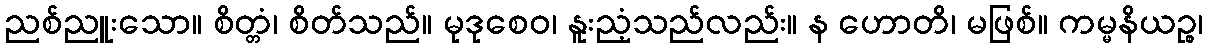
ညစ်ညူးသော။ စိတ္တံ၊ စိတ်သည်။ မုဒုစေဝ၊ နူးညံ့သည်လည်း။ န ဟောတိ၊ မဖြစ်။ ကမ္မနိယဉ္စ၊